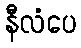
နီလံပေ